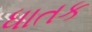
ધાતક